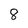
Character: 8